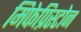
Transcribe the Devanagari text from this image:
मिफेप्रिस्टोन